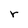
Character: r